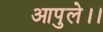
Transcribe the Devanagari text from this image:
आपुले।।